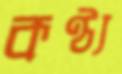
কণ্ঠ্য